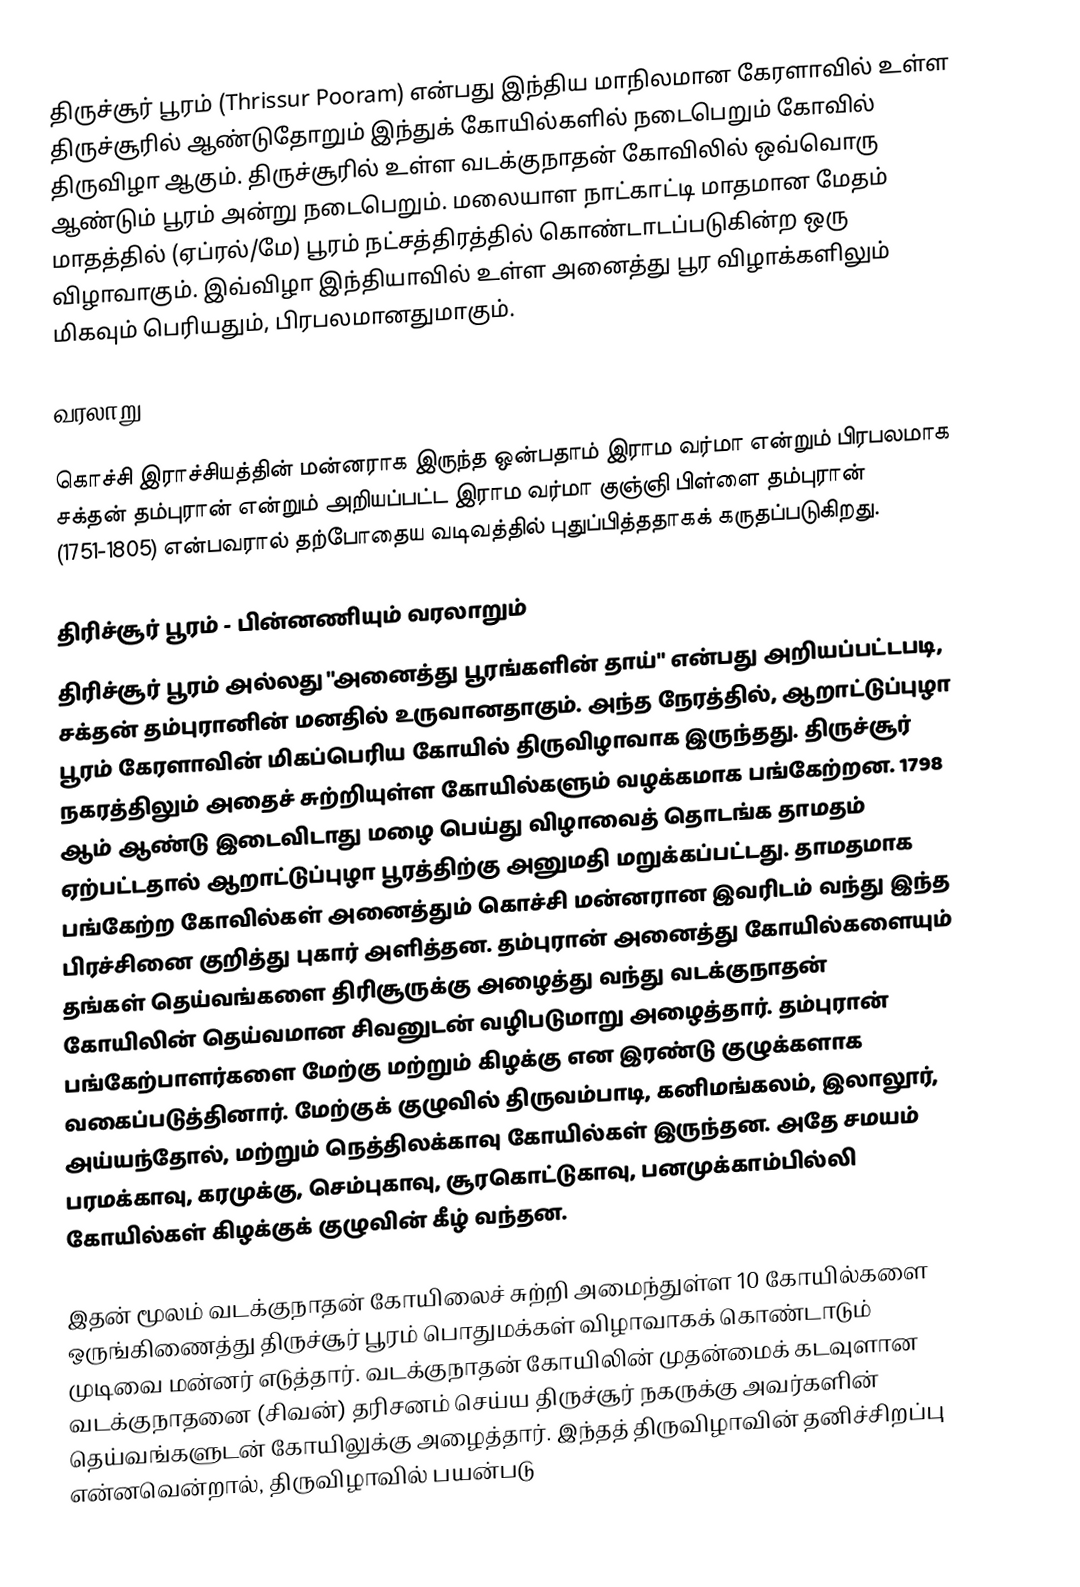
திருச்சூர் பூரம் (Thrissur Pooram) என்பது இந்திய மாநிலமான கேரளாவில் உள்ள திருச்சூரில் ஆண்டுதோறும் இந்துக் கோயில்களில் நடைபெறும் கோவில் திருவிழா ஆகும். திருச்சூரில் உள்ள வடக்குநாதன் கோவிலில் ஒவ்வொரு ஆண்டும் பூரம் அன்று நடைபெறும். மலையாள நாட்காட்டி மாதமான மேதம் மாதத்தில் (ஏப்ரல்/மே) பூரம் நட்சத்திரத்தில் கொண்டாடப்படுகின்ற ஒரு விழாவாகும். இவ்விழா இந்தியாவில் உள்ள அனைத்து பூர விழாக்களிலும் மிகவும் பெரியதும், பிரபலமானதுமாகும்.

வரலாறு

கொச்சி இராச்சியத்தின் மன்னராக இருந்த ஒன்பதாம் இராம வர்மா என்றும் பிரபலமாக சக்தன் தம்புரான் என்றும் அறியப்பட்ட இராம வர்மா குஞ்ஞி பிள்ளை தம்புரான் (1751-1805) என்பவரால் தற்போதைய வடிவத்தில் புதுப்பித்ததாகக் கருதப்படுகிறது.

திரிச்சூர் பூரம் - பின்னணியும் வரலாறும்
திரிச்சூர் பூரம் அல்லது "அனைத்து பூரங்களின் தாய்" என்பது அறியப்பட்டபடி, சக்தன் தம்புரானின் மனதில் உருவானதாகும். அந்த நேரத்தில், ஆறாட்டுப்புழா பூரம் கேரளாவின் மிகப்பெரிய கோயில் திருவிழாவாக இருந்தது. திருச்சூர் நகரத்திலும் அதைச் சுற்றியுள்ள கோயில்களும் வழக்கமாக பங்கேற்றன. 1798 ஆம் ஆண்டு இடைவிடாது மழை பெய்து விழாவைத் தொடங்க தாமதம் ஏற்பட்டதால் ஆறாட்டுப்புழா பூரத்திற்கு அனுமதி மறுக்கப்பட்டது. தாமதமாக பங்கேற்ற கோவில்கள் அனைத்தும் கொச்சி மன்னரான இவரிடம் வந்து இந்த பிரச்சினை குறித்து புகார் அளித்தன. தம்புரான் அனைத்து கோயில்களையும் தங்கள் தெய்வங்களை திரிசூருக்கு அழைத்து வந்து வடக்குநாதன் கோயிலின் தெய்வமான சிவனுடன் வழிபடுமாறு அழைத்தார். தம்புரான் பங்கேற்பாளர்களை மேற்கு மற்றும் கிழக்கு என இரண்டு குழுக்களாக வகைப்படுத்தினார். மேற்குக் குழுவில் திருவம்பாடி, கனிமங்கலம், இலாலூர், அய்யந்தோல், மற்றும் நெத்திலக்காவு கோயில்கள் இருந்தன. அதே சமயம் பரமக்காவு, கரமுக்கு, செம்புகாவு, சூரகொட்டுகாவு, பனமுக்காம்பில்லி கோயில்கள் கிழக்குக் குழுவின் கீழ் வந்தன.

இதன் மூலம் வடக்குநாதன் கோயிலைச் சுற்றி அமைந்துள்ள 10 கோயில்களை ஒருங்கிணைத்து திருச்சூர் பூரம் பொதுமக்கள் விழாவாகக் கொண்டாடும் முடிவை மன்னர் எடுத்தார். வடக்குநாதன் கோயிலின் முதன்மைக் கடவுளான வடக்குநாதனை (சிவன்) தரிசனம் செய்ய திருச்சூர் நகருக்கு அவர்களின் தெய்வங்களுடன் கோயிலுக்கு அழைத்தார். இந்தத் திருவிழாவின் தனிச்சிறப்பு என்னவென்றால், திருவிழாவில் பயன்படு